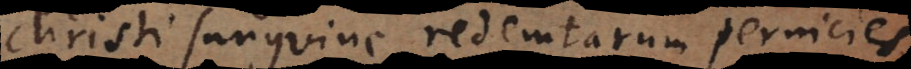
Christi sanguine redemtarum pernicies,